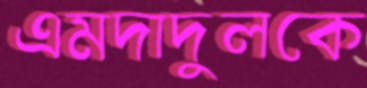
এমদাদুলকে